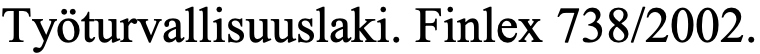
Työturvallisuuslaki. Finlex 738/2002.